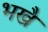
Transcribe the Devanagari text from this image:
भखै